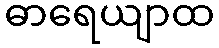
ဓာရေယျာထ